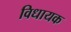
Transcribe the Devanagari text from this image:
विधायक